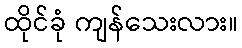
ထိုင်ခုံ ကျန်သေးလား။